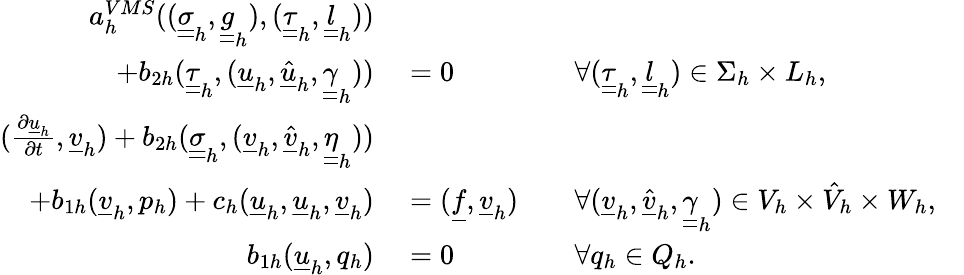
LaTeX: \begin{array}{rlrlr}{a_{h}^{VMS}((\underline{{\underline{{\sigma}}}}_{h},\underline{{\underline{{g}}}}_{h}),(\underline{{\underline{{\tau}}}}_{h},\underline{{\underline{{l}}}}_{h}))}&{{}}&{}&{{}}\\ {+b_{2h}(\underline{{\underline{{\tau}}}}_{h},(\underline{{u}}_{h},\underline{{\hat{u}}}_{h},\underline{{\underline{{\gamma}}}}_{h}))}&{{}=0}&{}&{{}\forall(\underline{{\underline{{\tau}}}}_{h},\underline{{\underline{{l}}}}_{h})\in\Sigma_{h}\times L_{h},}&{}\\ {(\frac{\partial\underline{{u}}_{h}}{\partial t},\underline{{v}}_{h})+b_{2h}(\underline{{\underline{{\sigma}}}}_{h},(\underline{{v}}_{h},\underline{{\hat{v}}}_{h},\underline{{\underline{{\eta}}}}_{h}))}&{{}}&{}&{{}}\\ {+b_{1h}(\underline{{v}}_{h},p_{h})+c_{h}(\underline{{u}}_{h},\underline{{u}}_{h},\underline{{v}}_{h})}&{{}=(\underline{{f}},\underline{{v}}_{h})}&{}&{{}\forall(\underline{{v}}_{h},\underline{{\hat{v}}}_{h},\underline{{\underline{{\gamma}}}}_{h})\in V_{h}\times\hat{V}_{h}\times W_{h},}&{}\\ {b_{1h}(\underline{{u}}_{h},q_{h})}&{{}=0}&{}&{{}\forall q_{h}\in Q_{h}.}&{}\end{array}